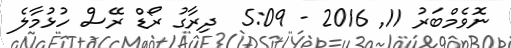
ނޮވެމްބަރު 11